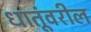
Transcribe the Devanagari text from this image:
धातूंवरील